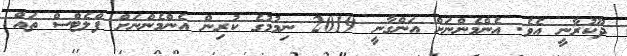
ދޫކުރާނީ އެވެ. އެންމެންނަށް އަންގާނީ 2019 ނިމުމުގެ ކުރިން އެންމެންނަށް ފްލެޓްސް ތައް